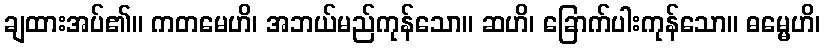
ချထားအပ်၏။ ကတမေဟိ၊ အဘယ်မည်ကုန်သော။ ဆဟိ၊ ခြောက်ပါးကုန်သော။ ဓမ္မေဟိ၊